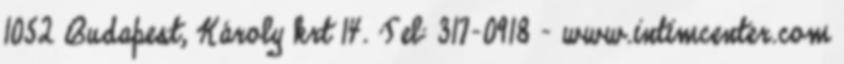
1052 Budapest, Károly krt 14. Tel: 317-0918 – www.intimcenter.com